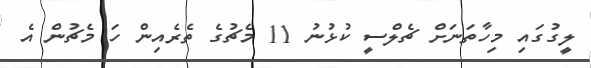
ލީގުގައި މިހާތަނަށް ޗެލްސީ ކުޅުނު 11 މެޗުގެ ތެރެއިން ހަ މެޗުން އެ